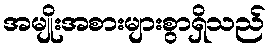
အမျိုးအစားများစွာရှိသည်